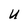
Character: U